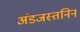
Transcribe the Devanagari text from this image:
अंडजस्तनिन